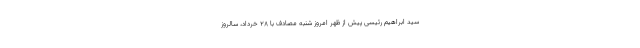
سید ابراهیم رئیسی پیش از ظهر امروز شنبه مصادف با ۲۸ خرداد، سالروز